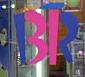
br